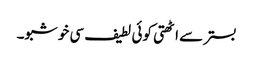
بستر سے اٹھتی کوئی لطیف سی خوشبو۔